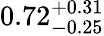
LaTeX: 0.72_{-0.25}^{+0.31}